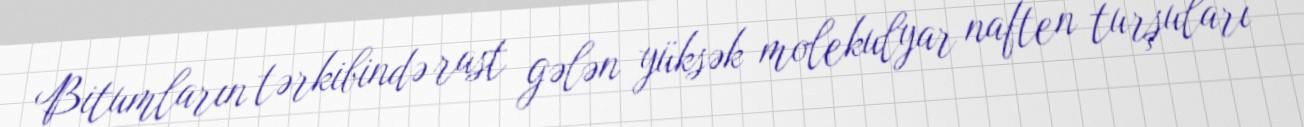
Bitumların tərkibində rast gələn yüksək molekulyar naften turşuları